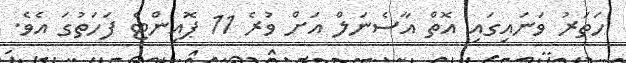
ހަތަރު ވަނައިގައި އޮތް އާސެނަލް އަށް ވުރެ 11 ޕޮއިންޓް ފަހަތުގަ އެވެ.